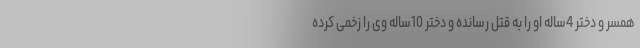
همسر و دختر 4ساله او را به قتل رسانده و دختر 10ساله وی را زخمی کرده